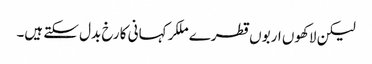
لیکن لاکھوں اربوں قطرے ملکر کہانی کا رخ بدل سکتے ہیں۔